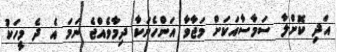
އަދި ކޮށްލާ ސަމާސާއަކަށް މަޖާވާ އަންހެނަކާ ދިމާވެއްޖެ ނަމަ އެ ދެ މީހަކު